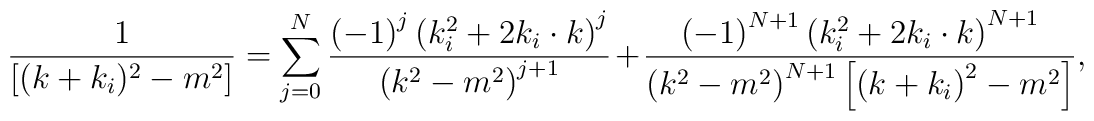
\frac{1}{[(k+k_{i})^{2}-m^{2}]}=\sum_{j=0}^{N}\frac{\left( -1\right)^{j}\left( k_{i}^{2}+2k_{i}\cdot k\right) ^{j}}{\left( k^{2}-m^{2}\right)^{j+1}}+\frac{\left( -1\right) ^{N+1}\left( k_{i}^{2}+2k_{i}\cdot k\right)^{N+1}}{\left( k^{2}-m^{2}\right) ^{N+1}\left[ \left( k+k_{i}\right)^{2}-m^{2}\right] },